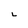
Character: L